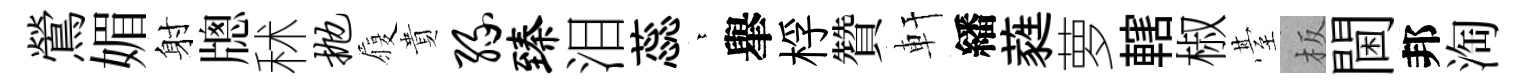
鶯媚射牕秫抛履貴缘臻泪蕊依𦦙桴贊軒繙蕤萝轄椒䑓板閫邦淘